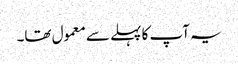
یہ آپ کا پہلے سے معمول تھا۔